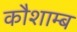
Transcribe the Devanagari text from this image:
कौशाम्ब